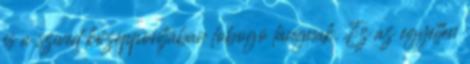
és a szíved középpontjában lobogó lángnak. Ez az egyetlen